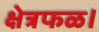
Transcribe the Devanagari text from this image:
क्षेत्रफळ।